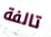
تالفة